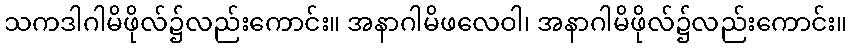
သကဒါဂါမိဖိုလ်၌လည်းကောင်း။ အနာဂါမိဖလေဝါ၊ အနာဂါမိဖိုလ်၌လည်းကောင်း။